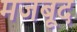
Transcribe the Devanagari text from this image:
मजबूद